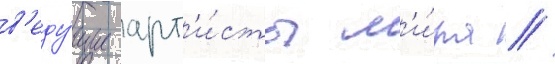
в'еду́щие арт'и́сты м'и́ра //